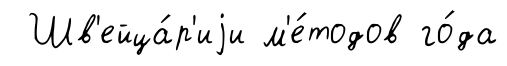
Шв'ейца́р'иjи м'е́тодов го́да